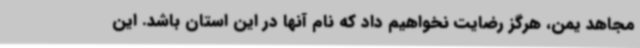
مجاهد یمن، هرگز رضایت نخواهیم داد که نام آنها در این استان باشد. این